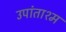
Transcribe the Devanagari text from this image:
उपांताश्म